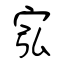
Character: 宖